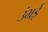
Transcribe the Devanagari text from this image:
उंभ्रई